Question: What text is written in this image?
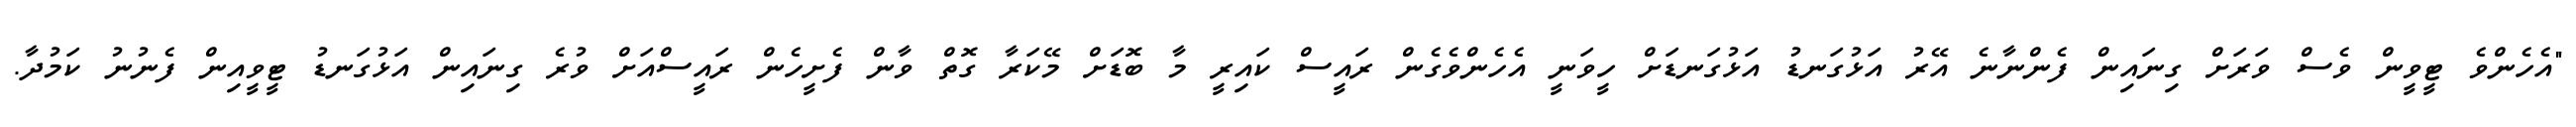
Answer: "އެހެންވެ ޓީވީން ވެސް ވަރަށް ގިނައިން ފެންނާނެ އޭރު އަޅުގަނޑު އަޅުގަނޑަށް ހީވަނީ އެހެންވެގެން ރައީސް ކައިރީ މާ ބޮޑަށް މޭކަރާ ގޮތް ވާން ފެށީހެން ރައީސްއަށް ވުރެ ގިނައިން އަޅުގަނޑު ޓީވީއިން ފެނުނު ކަމުދާ.